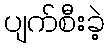
ပျက်စီးခဲ့